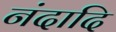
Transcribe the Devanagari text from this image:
नंदादि